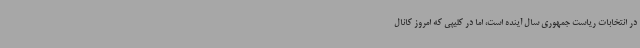
در انتخابات ریاست جمهوری سال آینده است، اما در کلیپی که امروز کانال